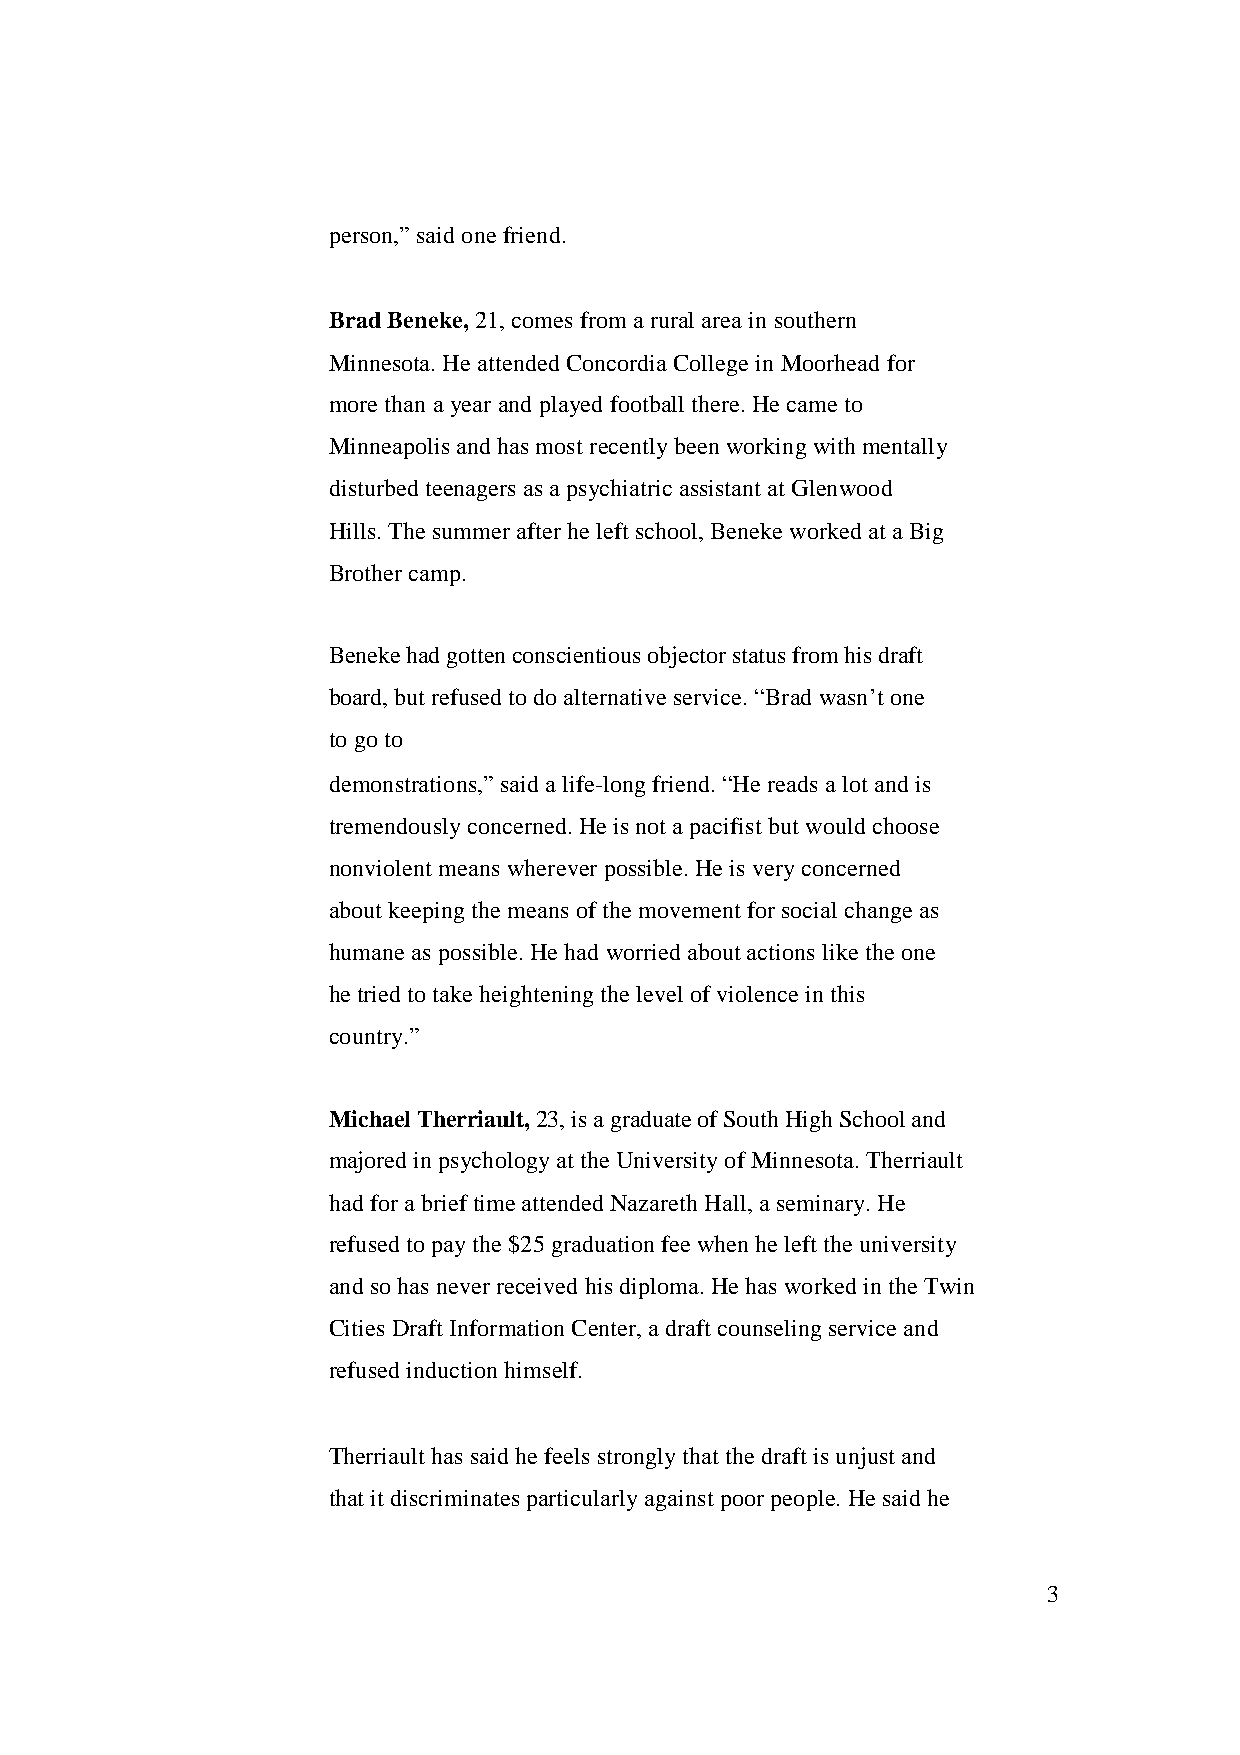
person,”saidonefriend.
 BradBeneke,21,comes from aruralareainsouthern
 Minnesota.Heattended ConcordiaCollegeinMoorheadfor
 morethana year andplayed footballthere. Hecameto
 Minneapolisandhasmostrecentlybeenworkingwithmentally
 disturbedteenagers asapsychiatricassistantatGlenwood
 Hills.Thesummerafter heleftschool,BenekeworkedataBig
 Brothercamp.
 Benekehadgottenconscientiousobjectorstatusfromhisdraft
 board,butrefusedtodo alternativeservice.“Brad wasn’tone
 to goto
 demonstrations,”saidalife-longfriend. “Hereads alotandis
 tremendouslyconcerned. Heisnotapacifistbut wouldchoose
 nonviolentmeans whereverpossible.Heis veryconcerned
 aboutkeepingthemeansofthemovementforsocialchangeas
 humaneaspossible.Hehadworried aboutactions liketheone
 hetriedtotakeheighteningthelevelofviolenceinthis
 country.”
 MichaelTherriault,23,isagraduateofSouthHighSchooland
 majoredinpsychologyattheUniversityof Minnesota.Therriault
 hadforabrieftimeattendedNazarethHall,aseminary. He
 refusedtopaythe$25 graduationfeewhenheleft theuniversity
 andsohasneverreceivedhisdiploma.Hehas workedintheTwin
 CitiesDraft Information Center,adraftcounselingserviceand
 refusedinductionhimself.
 Therriaulthas saidhefeels stronglythatthedraftisunjustand
 thatitdiscriminatesparticularlyagainstpoorpeople.Hesaidhe
 3